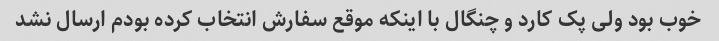
خوب بود ولی پک کارد و چنگال با اینکه موقع سفارش انتخاب کرده بودم ارسال نشد